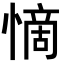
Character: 𭞣